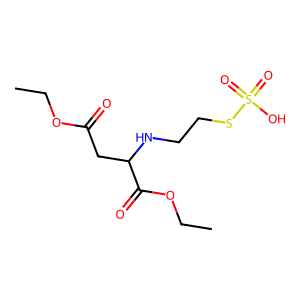
SMILES: CCOC(=O)CC(NCCSS(=O)(=O)O)C(=O)OCC
Inhibits HIV replication: No